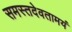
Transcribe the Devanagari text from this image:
समस्तदेवतामयं